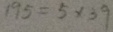
1 9 5 = 5 \times 3 9